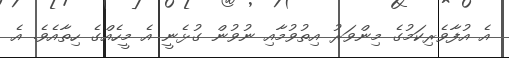
އެ އުފާވެރިކަމުގެ މިންވަރު އިތުވުމާއި ނުވުން ގުޅެނީ އެ މީހެއްގެ ހިތާއެވެ. އެ